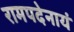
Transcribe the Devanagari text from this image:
रामपदेनायं